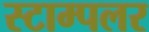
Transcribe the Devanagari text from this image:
स्टाम्पलर